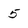
Character: 5